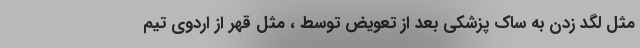
مثل لگد زدن به ساک پزشکی بعد از تعویض توسط ، مثل قهر از اردوی تیم